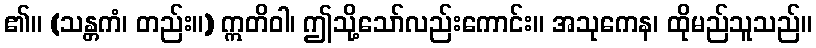
၏။ (သန္တကံ၊ တည်း။) ဣတိဝါ၊ ဤသို့သော်လည်းကောင်း။ အသုကေန၊ ထိုမည်သူသည်။